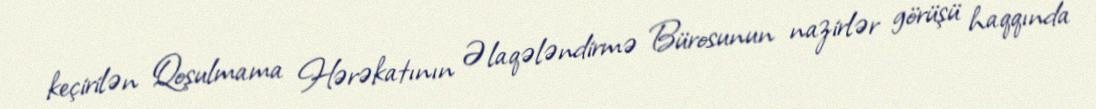
keçirilən Qoşulmama Hərəkatının Əlaqələndirmə Bürosunun nazirlər görüşü haqqında